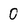
Character: 0